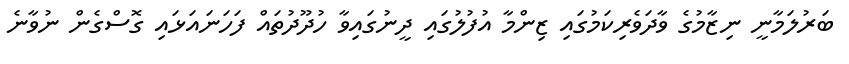
ބަރުލަމާނީ ނިޒާމުގެ ވާދަވެރިކަމުގައި ޒިންމާ އުފުލުގައި ދީނުގައިވާ ހުދޫދުތައް ފަހަނައަޅައި ގޮސްގެން ނުވާނެ